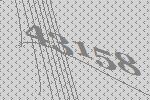
43158